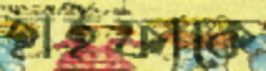
হাইফাকে